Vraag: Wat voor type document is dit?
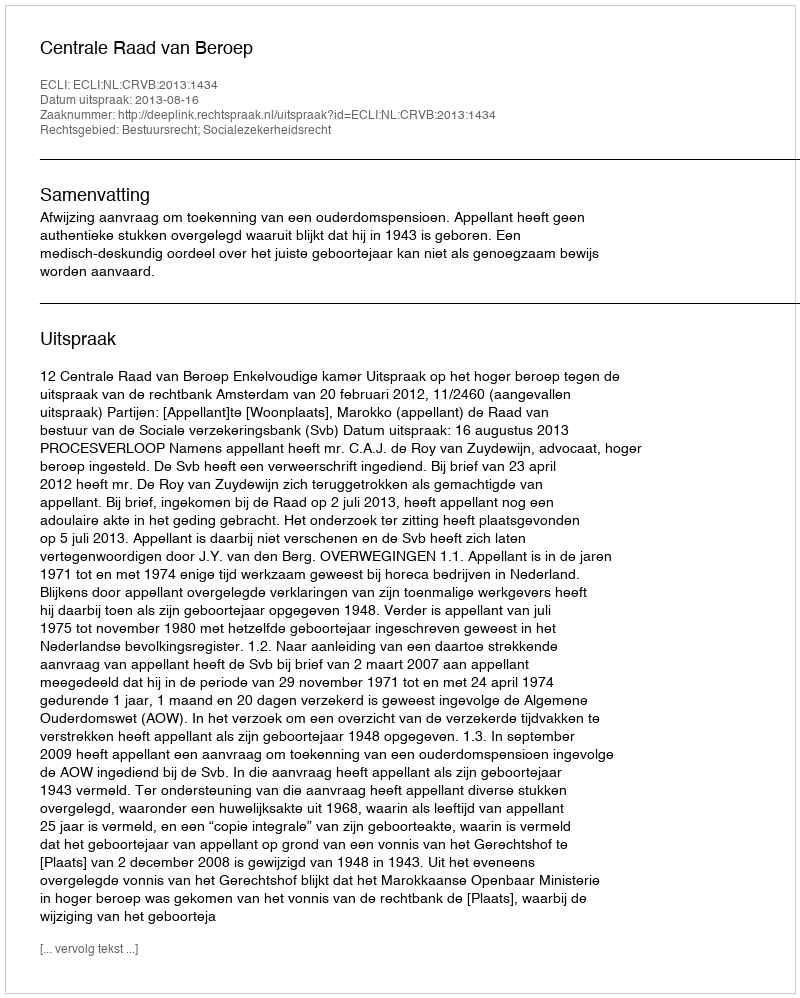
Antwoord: Uitspraak